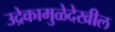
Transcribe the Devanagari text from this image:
उद्रेकामुळेदेखील